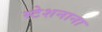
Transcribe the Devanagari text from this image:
स्टेशनाना